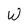
Character: W